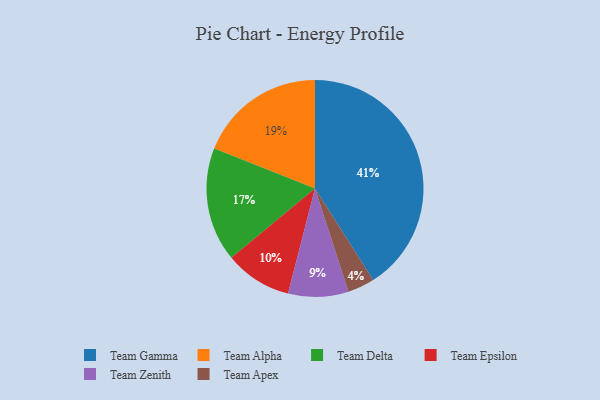
{"axis": {"x": "Category", "y": "Percentage"}, "legend": ["Team Alpha", "Team Apex", "Team Delta", "Team Epsilon", "Team Gamma", "Team Zenith"], "data": [{"x": "Team Zenith", "y": 9, "type": "Team Zenith"}, {"x": "Team Apex", "y": 4, "type": "Team Apex"}, {"x": "Team Alpha", "y": 19, "type": "Team Alpha"}, {"x": "Team Delta", "y": 17, "type": "Team Delta"}, {"x": "Team Gamma", "y": 41, "type": "Team Gamma"}, {"x": "Team Epsilon", "y": 10, "type": "Team Epsilon"}]}